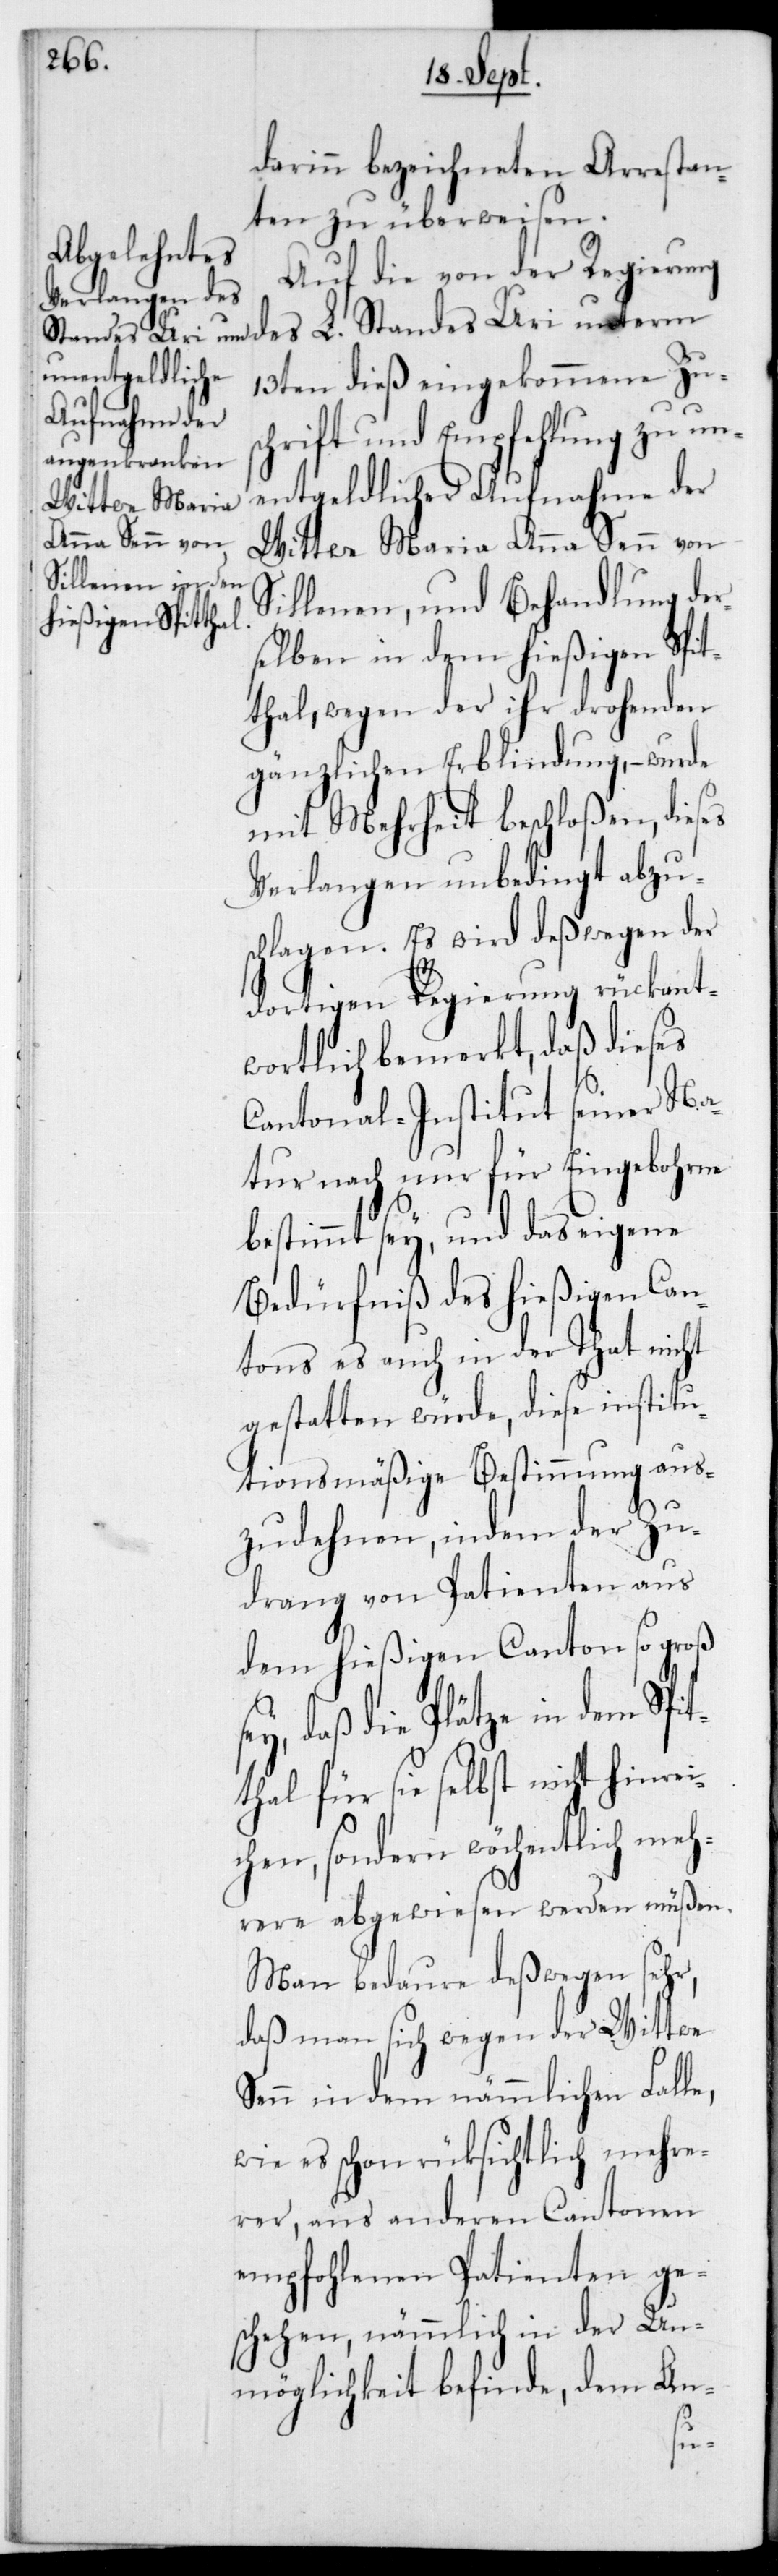
darinn bezeichneten Arrestan¬
ten zu überweisen.
Auf die von der Regierung
13ten dieß eingekommene Zus¬
chrift und Empfehlung zu un¬
entgeldlicher Aufnahme der
Wittwe Maria
Anna Senn von
Sillenen, und Behandlung der¬
selben in dem hießigen Spit¬
thal, wegen der ihr drohenden
gänzlichen Erblindung, – wurde
mit Mehrheit beschloßen, dieses
Verlangen unbedingt abzu¬
schlagen. Es wird deßwegen der
dortigen Regierung rückant¬
wortlich bemerkt, daß dieses
Cantonal-Institut seiner Na¬
tur nach nur für Eingebohrne
bestimmt sey, und das eigene
Bedürfniß des hießigen Can¬
tons es auch in der That nicht
gestatten würde, diese institu¬
tionsmäßige Bestimmung aus¬
zudehnen, indem der Zu¬
drang von Patienten aus
dem hießigen Canton so groß
ey, daß die Plätze in dem Spit¬
thal für sie selbst nicht hinr¬
chen, sondern wöchentlich meh¬
rere abgewiesen werden müßen.
Man bedaure deßwegen sehr,
daß man sich wegen der Wittwe
Senn in dem nämmlichen Falle,
wie es schon rücksichtlich mehre¬
rer, aus anderen Cantonen
empfohlenen Patienten ge¬
schehen, nämmlich in der Un¬
möglichkeit befinde, dem An-
ei¬